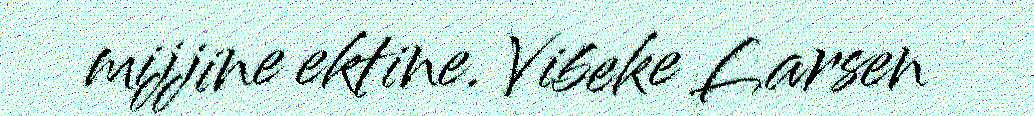
mijjine ektine. Vibeke Larsen